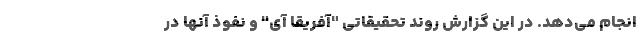
انجام می‌دهد. در این گزارش روند تحقیقاتی "آفریقا آی" و نفوذ آنها در